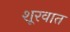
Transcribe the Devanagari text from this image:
शूरवात